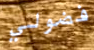
فضولي